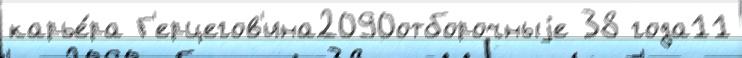
карье́ра Г'ерцегов'ина2090отборочныjе 38 года11